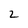
Character: 2